Report of the Bombay Veterinary College
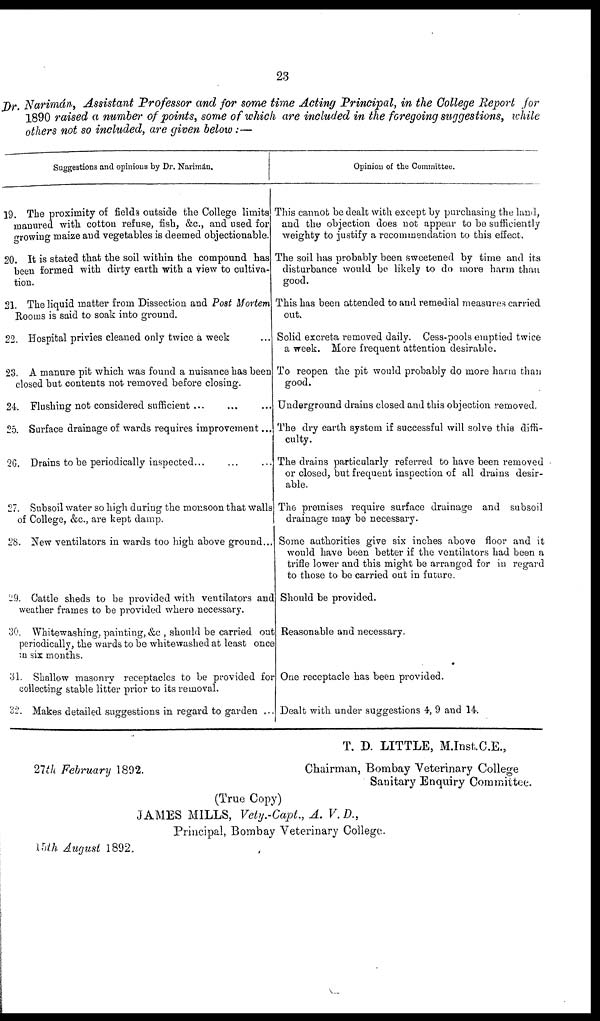
23
Dr. Narimán, Assistant Professor and for some time Acting Principal, in the College Report for
1890 raised a number of points, some of which are included in the foregoing suggestions, while
others not so included, are given below:—
Suggestions and opinions by Dr. Narimán.
19. The proximity of fields outside the College limits
manured with cotton refuse, fish, &c, and used for
growing maize and vegetables is deemed objectionable.
20. It is stated that the soil within the compound has
been formed with dirty earth with a view to cultiva-
tion.
21. The liquid matter from Dissection and Post Mortem
Rooms is said to soak into ground.
22. Hospital privies cleaned only twice a week
23. A manure pit which was found a nuisance has been
closed but contents not removed before closing.
24. Flushing not considered sufficient ...
25. Surface drainage of wards requires improvement...
2G. Drains to be periodically inspected.
27. Subsoil water so high during the monsoon that walls
of College, &c, are kept damp.
28. New ventilators in wards too high above ground...
29. Cattle sheds to be provided with ventilators and
weather frames to be provided where necessary.
30. Whitewashing, painting, &c , should be carried out
periodically, the wards to be whitewashed at least once
in six months.
31. Shallow masonry receptacles to be provided for
collecting stable litter prior to its removal.
32. Makes detailed suggestions in regard to garden ..
Opinion of the Committee.
This cannot be dealt with except by purchasing the land,
and the objection does not appear to be sufficiently
weighty to justify a recommendation to this effect.
The soil has probably been sweetened by time and its
disturbance would be likely to do more harm than
good.
This has been attended to and remedial measures carried
out.
Solid excreta removed daily. Cess-pools emptied twice
a week. More frequent attention desirable.
To reopen the pit would probably do more harm than
good.
Underground drains closed and this objection removed.
The dry earth system if successful will solve this diffi-
culty.
The drains particularly referred to have been removed
or closed, but frequent inspection of all drains desir-
able.
The premises require surface drainage and subsoil
drainage may be necessary.
Some authorities give six inches above floor and it
would have been better if the ventilators had been a
trifle lower and this might be arranged for in regard
to those to be carried out in future.
Should be provided.
Reasonable and necessary.
One receptacle has been provided.
Dealt with under suggestions 4, 9 and 14.
T. D. LITTLE, M. Inst. C.E.,
27th February 1892.
Chairman, Bombay Veterinary College
Sanitary Enquiry Committee.
(True Copy)
JAMES MILLS, Vety.-Capt., A. V.D.,
Principal, Bombay Veterinary College.
15th August 1892.